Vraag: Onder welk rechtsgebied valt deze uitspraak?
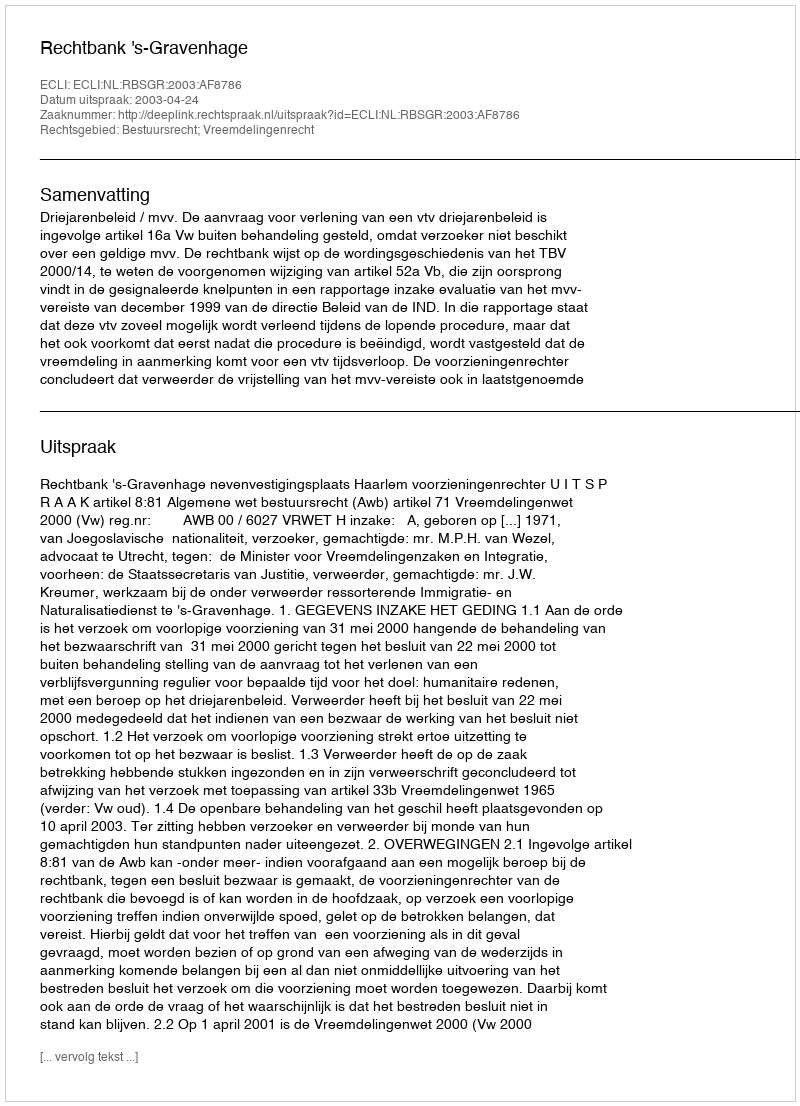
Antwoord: Bestuursrecht; Vreemdelingenrecht